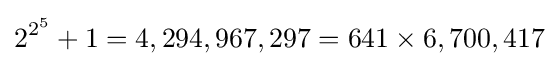
2^{2^{5}}+1=4,294,967,297=641\times 6,700,417